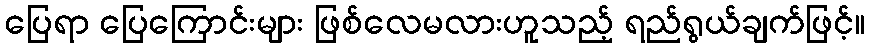
ပြေရာ ပြေကြောင်းများ ဖြစ်လေမလားဟူသည့် ရည်ရွယ်ချက်ဖြင့်။